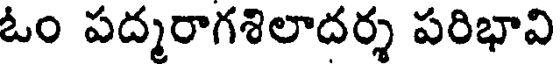
ఓం పద్మరాగశిలాదర్శ పరిభావి